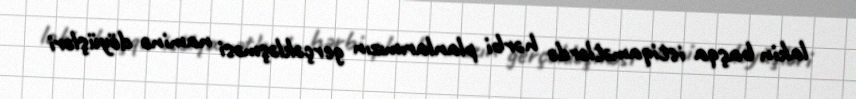
lakin başqa istiqamətlərdə hərbi planlarımızın gerçəkləşməsi naminə döyüşləri